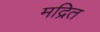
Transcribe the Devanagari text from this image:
मद्रित